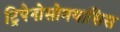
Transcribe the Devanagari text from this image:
ट्रिपेनोसोमयासिस